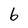
Character: 6